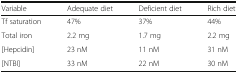
<table><thead><tr><td><b>Variable</b></td><td><b>Adequate diet</b></td><td><b>Deficient diet</b></td><td><b>Rich diet</b></td></tr></thead><tbody><tr><td>Tf saturation</td><td>47%</td><td>37%</td><td>44%</td></tr><tr><td>Total iron</td><td>2.2 mg</td><td>1.7 mg</td><td>2.2 mg</td></tr><tr><td>[Hepcidin]</td><td>23 nM</td><td>11 nM</td><td>31 nM</td></tr><tr><td>[NTBI]</td><td>33 nM</td><td>22 nM</td><td>30 nM</td></tr></tbody></table>